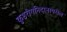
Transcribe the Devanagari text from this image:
कुष्ठरोगनिदानावरील